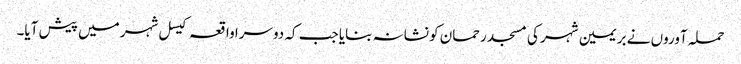
حملہ آوروں نے بریمین شہر کی مسجد رحمان کو نشانہ بنایا جب کہ دوسرا واقعہ کیسل شہر میں پیش آیا۔